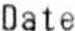
DATE